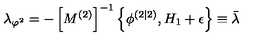
\lambda _ { \varphi ^ { 2 } } = - \left[ M ^ { \left( 2 \right) } \right] ^ { - 1 } \left\{ \phi ^ { \left( 2 | 2 \right) } , H _ { 1 } + \epsilon \right\} \equiv \bar { \lambda }